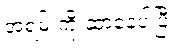
အရမ်းကို ဆာနေပါပြီ။